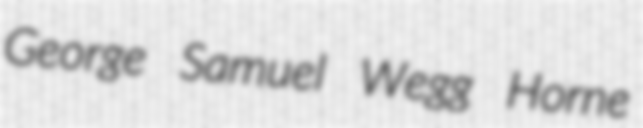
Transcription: George Samuel Wegg Horne